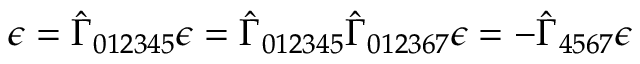
\epsilon = \hat { \Gamma } _ { 0 1 2 3 4 5 } \epsilon = \hat { \Gamma } _ { 0 1 2 3 4 5 } \hat { \Gamma } _ { 0 1 2 3 6 7 } \epsilon = - \hat { \Gamma } _ { 4 5 6 7 } \epsilon